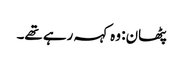
پٹھان: وہ کہہ رہے تھے۔